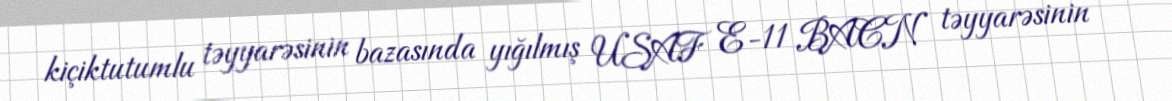
kiçiktutumlu təyyarəsinin bazasında yığılmış USAF E-11 BACN təyyarəsinin